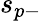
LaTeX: s_{p-}